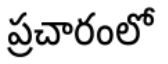
ప్రచారంలో